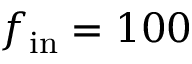
f _ { \mathrm { i n } } = 1 0 0